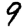
Digit: 9